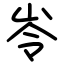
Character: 岺